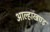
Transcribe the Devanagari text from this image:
आल्हाखण्ड